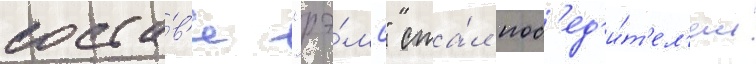
соста́в'е "рэ́мс" ста́л поб'ед'и́т'ел'ем